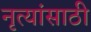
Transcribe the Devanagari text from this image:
नृत्यांसाठी